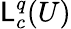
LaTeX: \mathsf{L}_{c}^{q}(U)